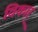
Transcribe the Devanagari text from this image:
विकार्